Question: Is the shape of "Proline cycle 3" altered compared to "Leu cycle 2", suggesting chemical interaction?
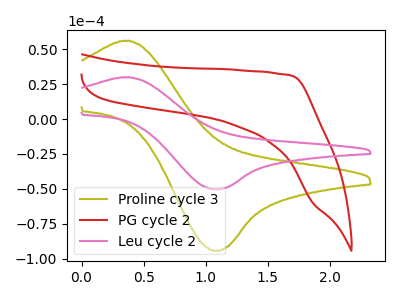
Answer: <think>The olive curve "Proline cycle 3" has an anodic peak at (0.40V, 56.10uA) and a cathodic peak at (1.05V, -94.35uA). The red curve "PG cycle 2" has no peaks. The pink curve "Leu cycle 2" has an anodic peak at (0.40V, 29.95uA) and a cathodic peak at (1.05V, -50.35uA).
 All the peaks in "Proline cycle 3" have a peak in "Leu cycle 2" at the same potential. Every peak in "Proline cycle 3" is higher than every peak in "Leu cycle 2".</think>
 <answer>No, "Proline cycle 3" and "Leu cycle 2" don't appear to be significantly different in shape</answer>
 <eval>no_change</eval>